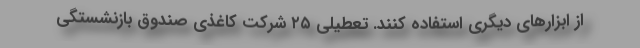
از ابزارهای دیگری استفاده کنند. تعطیلی ۲۵ شرکت کاغذی صندوق بازنشستگی